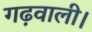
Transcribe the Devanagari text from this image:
गढ़वाली।